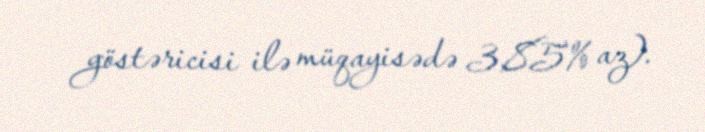
göstəricisi ilə müqayisədə 3,85% az).